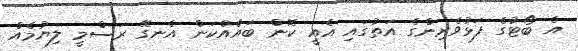
އެ ބޯޓުގެ ފަޅުވެރިންގެ އަތުގައި އެއީ ކޮން ބައެއްކަން އެނގޭ ރަސްމީ ލިޔުމެއް